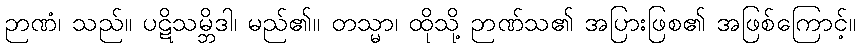
ဉာဏံ၊ သည်။ ပဋိသမ္ဘိဒါ၊ မည်၏။ တသ္မာ၊ ထိုသို့ ဉာဏ်သ၏ အပြားဖြစ၏ အဖြစ်ကြောင့်။